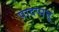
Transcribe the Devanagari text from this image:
पादप्पत्तू